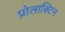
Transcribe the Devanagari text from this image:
प्रोलाक्टिन